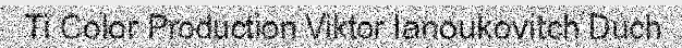
Ti Color Production Viktor Ianoukovitch Duch